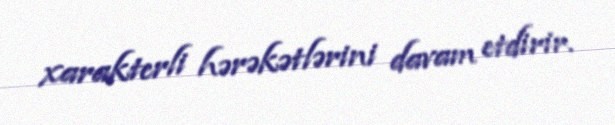
xarakterli hərəkətlərini davam etdirir.